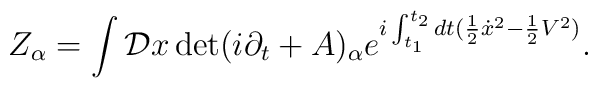
Z_{\alpha} = \int {\cal D} x \det ( i\partial_t + A )_{\alpha} e^{i\int_{t_1}^{t_2} dt ({1\over 2} {\dot x}^2 - {1\over 2} V^2 )}.